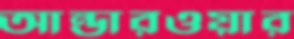
আন্ডারওয়ার